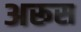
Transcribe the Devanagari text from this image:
अरूस